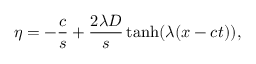
\eta = - \frac { c } { s } + \frac { 2 \lambda D } { s } \operatorname { t a n h } ( \lambda ( x - c t ) ) ,